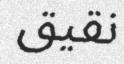
نقيق